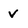
Character: v